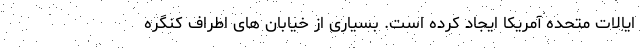
ایالات متحده آمریکا ایجاد کرده است. بسیاری از خیابان های اطراف کنگره